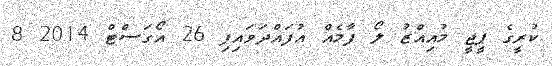
ކުރީގެ ޕީޖީ މުއިއްޒު ލޯ ފާމެއް އުފައްދަވައިފި 26 އޯގަސްޓް 2014 8